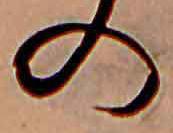
の